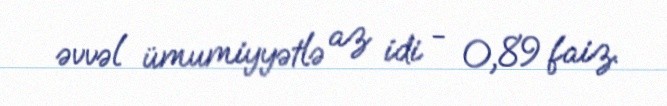
əvvəl ümumiyyətlə az idi - 0,89 faiz.